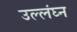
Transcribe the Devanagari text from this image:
उल्लंघ्न